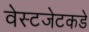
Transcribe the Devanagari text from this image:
वेस्टजेटकडे